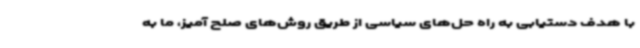
با هدف دستیابی به راه حل‌های سیاسی از طریق روش‌های صلح آمیز، ما به